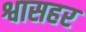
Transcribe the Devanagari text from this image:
श्वासहर